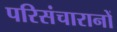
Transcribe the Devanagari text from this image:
परिसंचारानों